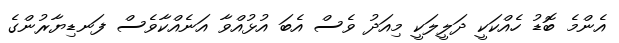
އެންމެ ބޮޑު ހެއްކަކީ ދަލީލަކީ މިއަދު ވެސް އެބަ އުޅުއްވާ އަނެއްކާވެސް ފަނޑިޔާރުންގެ